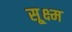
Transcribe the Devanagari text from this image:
सू्क्ष्म